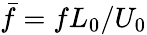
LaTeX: \bar{f}=fL_{0}/U_{0}